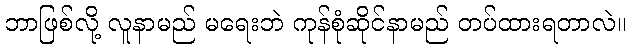
ဘာဖြစ်လို့ လူနာမည် မရေးဘဲ ကုန်စုံဆိုင်နာမည် တပ်ထားရတာလဲ။